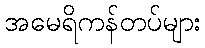
အမေရိကန်တပ်များ